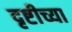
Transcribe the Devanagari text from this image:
दृष्टीच्या